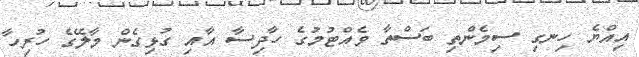
އިއްޔެ ހިނގި ސިމެންތި ބަސްތާ ވެއްޓުމުގެ ހާދިސާ އާއި ގުޅިގެން މާލޭގެ ހުރިހާ